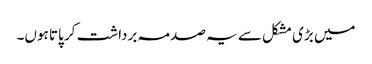
میں بڑی مشکل سے یہ صدمہ برداشت کر پاتا ہوں۔